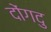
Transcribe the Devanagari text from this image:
दोंगदु